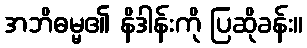
အဘိဓမ္မ၏ နိဒါန်းကို ပြဆိုခန်း။